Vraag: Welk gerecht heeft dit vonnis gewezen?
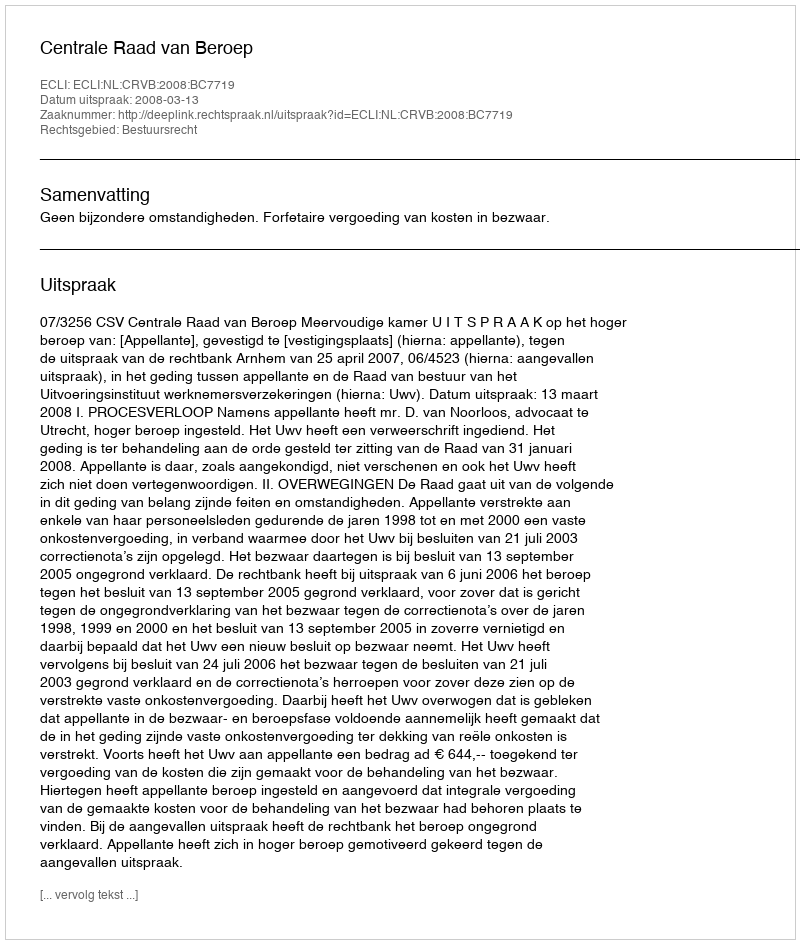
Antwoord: Centrale Raad van Beroep